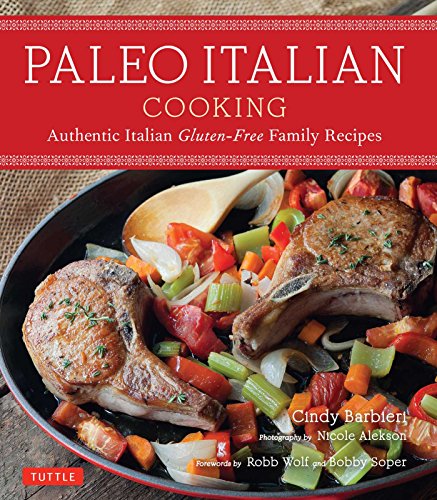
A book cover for Paleo Italian Cooking: Authentically Italian Gluten-Free Family Recipes; Cindy Barbieri; Cookbooks, Food & Wine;